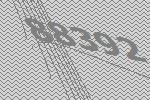
88392